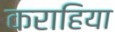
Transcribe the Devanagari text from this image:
कराहिया